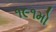
૧૯૧મો